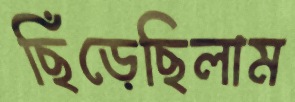
ছিঁড়েছিলাম